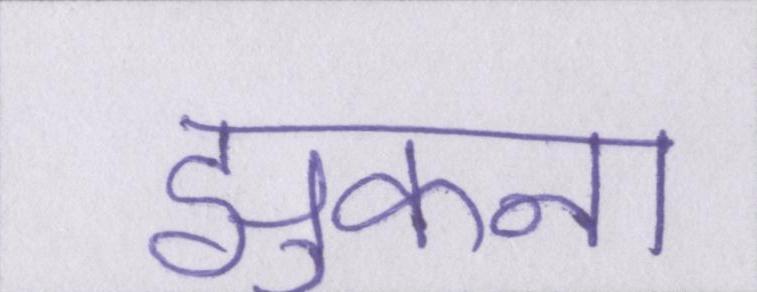
झुकना